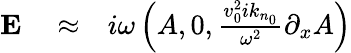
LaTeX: \begin{array}{rlr}{{\mathbf E}}&{{}\approx}&{i\omega\left(A,0,\frac{v_{0}^{2}ik_{n_{0}}}{\omega^{2}}\partial_{x}A\right)}\end{array}